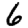
Digit: 6